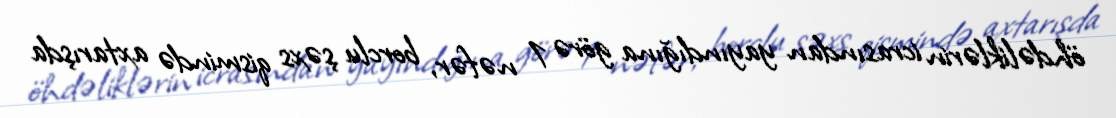
öhdəliklərin icrasından yayındığına görə 1 nəfər, borclu şəxs qismində axtarışda